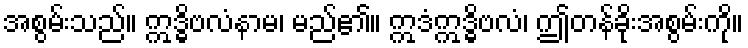
အစွမ်းသည်။ ဣဒ္ဓိဗလံနာမ၊ မည်၏။ ဣဒံဣဒ္ဓိဗလံ၊ ဤတန်ခိုးအစွမ်းကို။